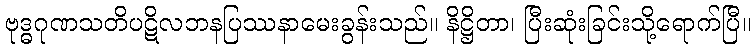
ဗုဒ္ဓဂုဏသတိပဋိလဘနပြဿနာမေးခွန်းသည်။ နိဋ္ဌိတာ၊ ပြီးဆုံးခြင်းသို့ရောက်ပြီ။